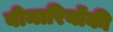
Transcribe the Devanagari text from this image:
बीमारियोंकी